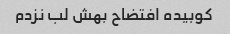
کوبیده افتضاح بهش لب نزدم